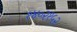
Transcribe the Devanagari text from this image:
१४०२१५२